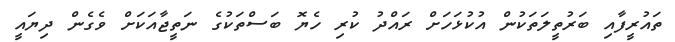
ތައުރީފާއި ބަރުތީލަތަކުން އުކުޅަހަށް ރައްދު ކުރި ހެޔޮ ބަސްތަކުގެ ނަތީޖާއަކަށް ވެގެން ދިޔައީ